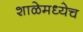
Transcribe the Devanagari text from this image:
शाळेमध्येच